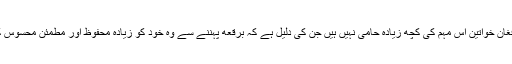
تاہم کچھ افغان خواتین اس مہم کی کچھ زیادہ حامی نہیں ہیں جن کی دلیل ہے کہ برقعه پہننے سے وہ خود کو زیادہ محفوظ اور مطمئن محسوس کرتی ہیں ۔